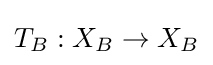
T_{B}:X_{B}\to X_{B}